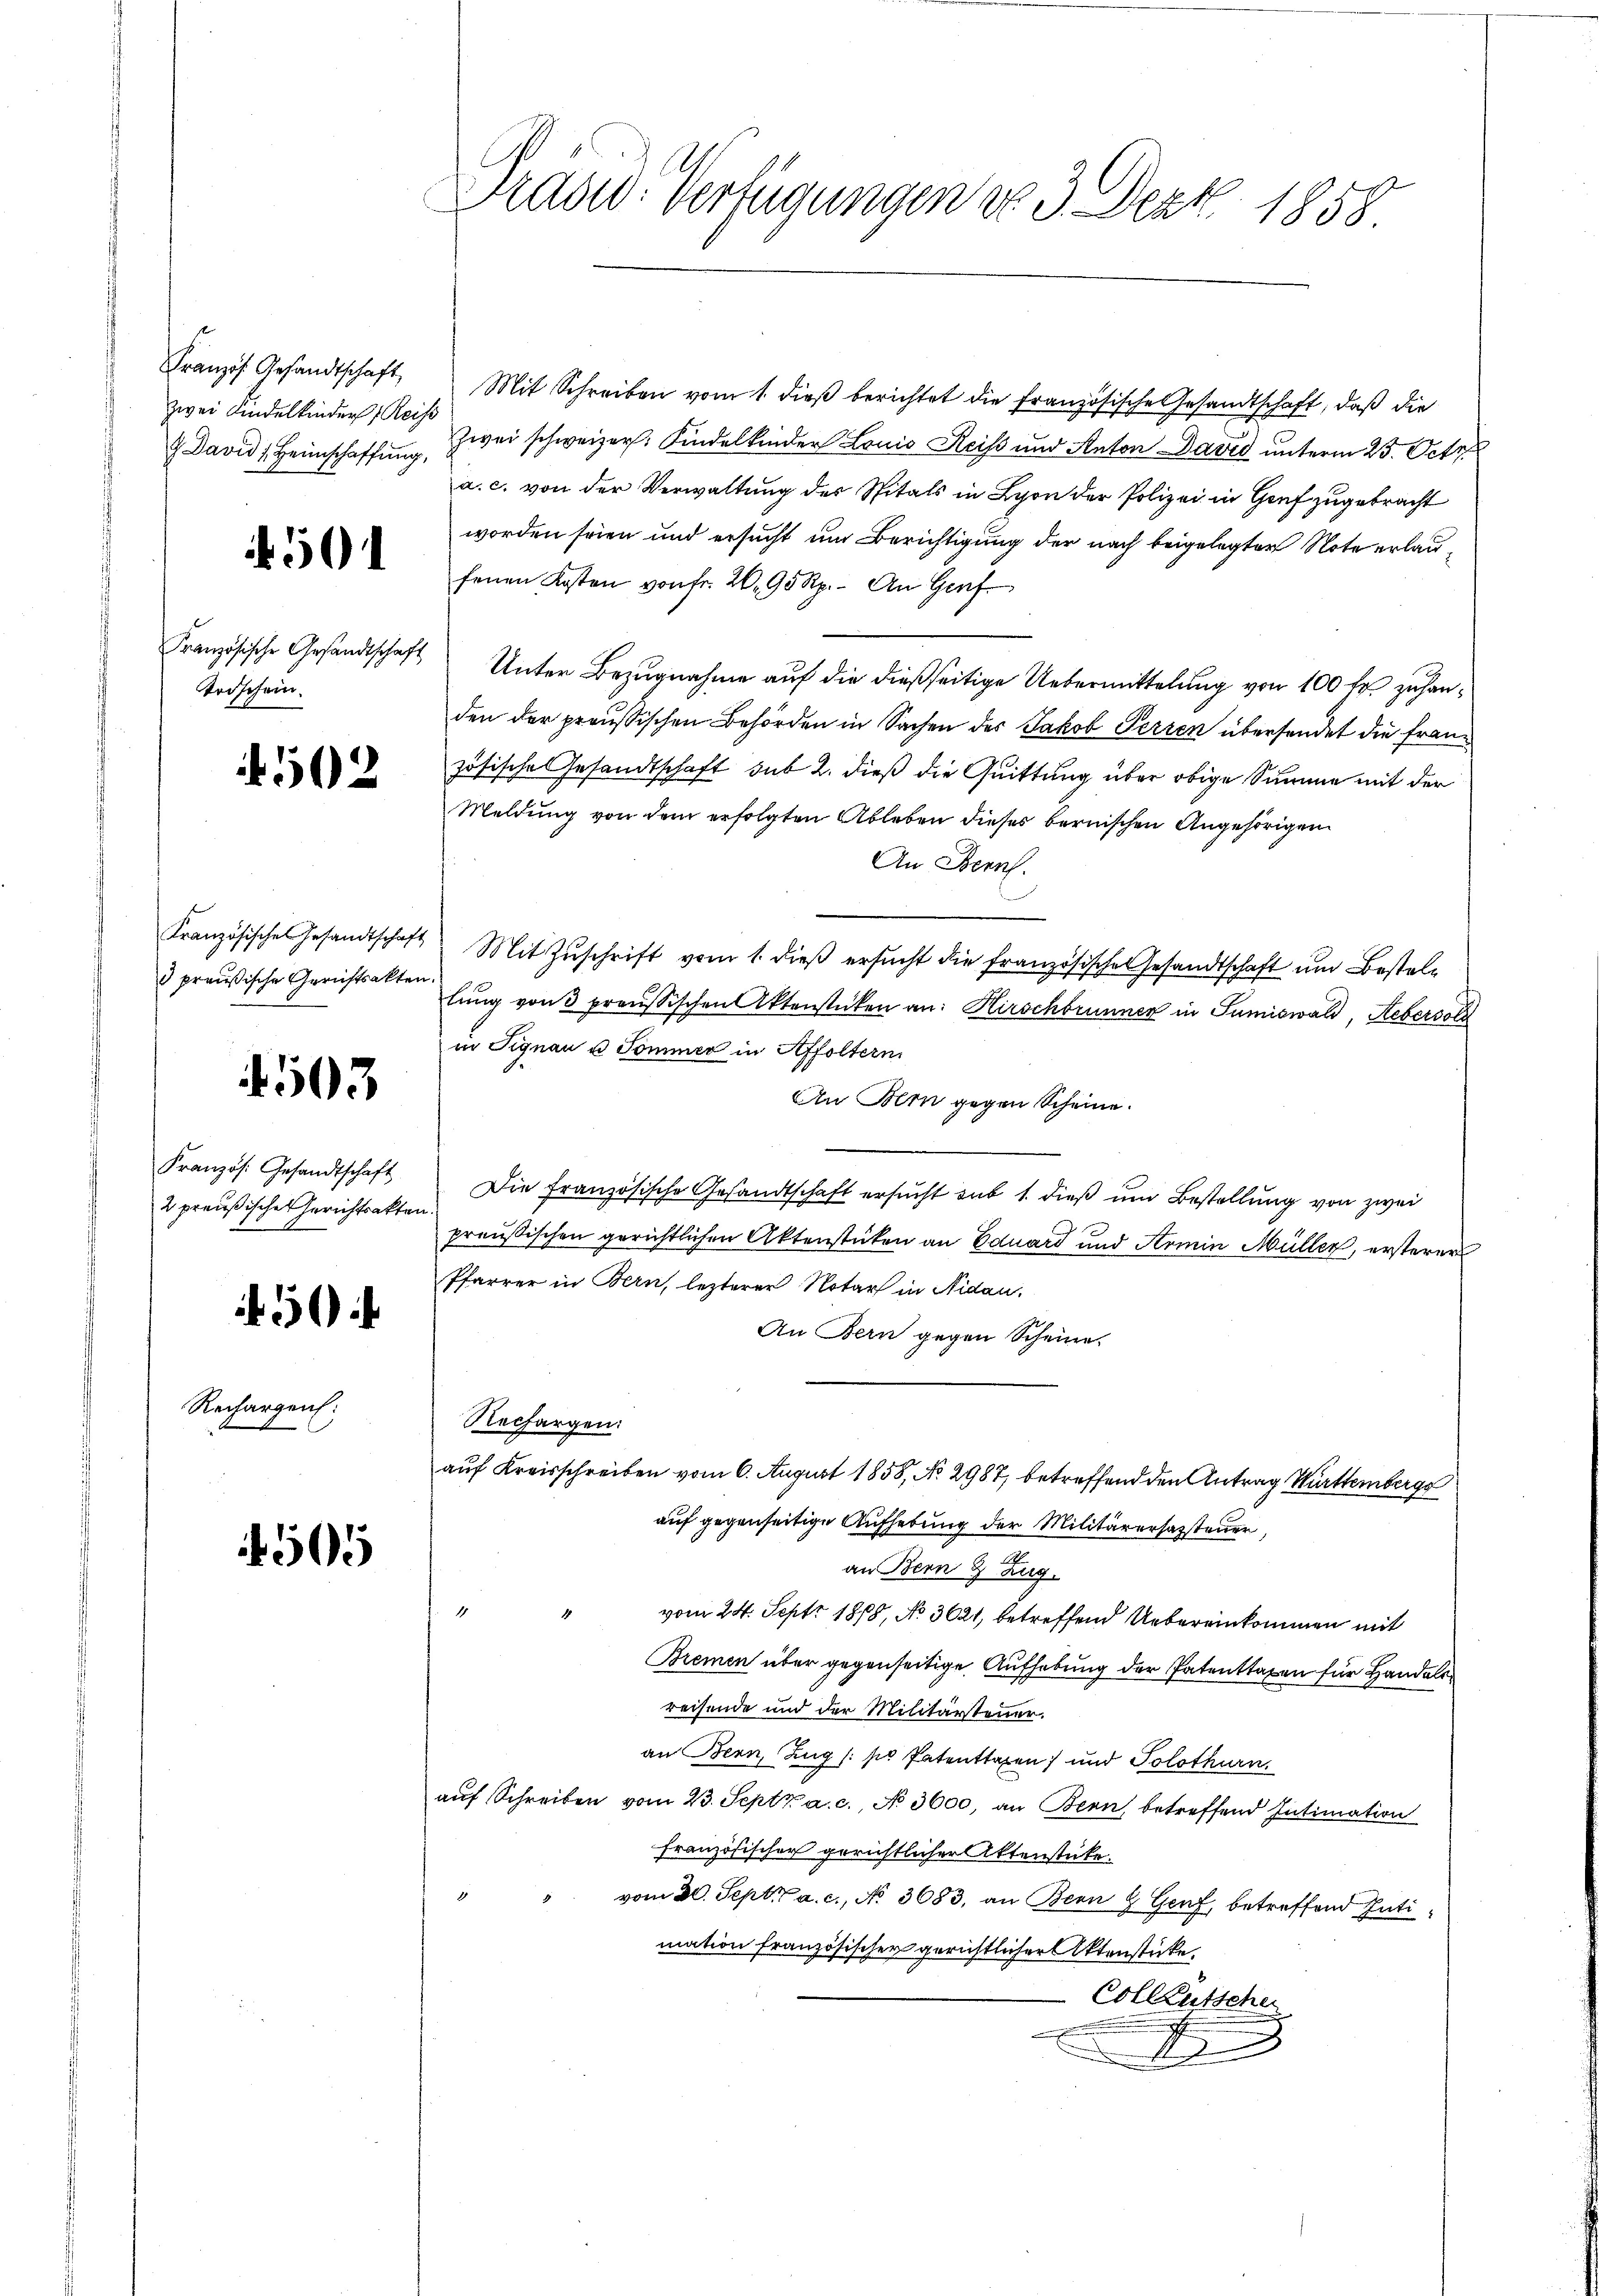
Französ. Gesandtschaft,
zwei Kindelkinder Reis

501

Französische Gesandtschaft
Todschein.

502

3 preußische Gerichtsakten.

4503

Französ. Gesandtschaft
2 preußische Gerichtsakten

5

Rechargen:

505

Prase Verfügungen do 3. Dez. 1858.

Mit Schreiben vom 1. dieß berichtet die Französische Gesandtschaft, daß die
 David Heimschaffŭng zwei schweizer. Kindelkinder Louis Reiss und Anton David unterm 23. Octo
a. c. von der Verwaltung des Spitals in Lyon der Polizei in Genf zugebracht
worden seien und ersucht und Berichtigung der nach beigelegter Note erlaufenen Kosten von fr. 26. 95 Rp. An Genf
2
Unter Bezugnahme auf die dießseitige Uebermittelung von 100 fr zu handen der preußischen Behörden in Sachen des Jakob Perren übersendet die Französische Gesandtschaft sub 2. dieß die Quittung über obige Summe mit der
Meldung von dem erfolgten Ableben dieses bernischen Angehörigen
An Bern.
Französisches Gesandtschaft. Mit Zŭschrift vom 1. dieβ ersŭcht die französische Gesandtschaft um Bestellŭng von 3 preussischen Aktenstücken an: Hirschbrunner in Sumiswald, Aeber soll
in Signau u. Sommer in Affoltern
An Dein gegen Scheine.
Die französische Gesandtschaft ersucht sub 1. dieß um Bestellung von zwei
s
preußischen gerichtlichen Aktenstücken an Eduard und Armin Müller, ersteren
Pfarrer in Bern, lezterer Notar in Nidau,
An Bern gegen Scheine
Rechargen:
auf Kreisschreiben vom 6. August 1858, No. 2987, betreffend den Antrag Württemberg
auf gegenseitige Aufhebung der Militärerhassteuer,
an Bern & Zug.
4
vom 24. Sept. 1878, No 3621, betreffend Uebereinkommen mit
Bremen über gegenseitige Aufhebung der Patenttaxen für Handelsreisende und der Militärsteuer.
an Bern, Zug (so Patenttaxen und Solothurn,
aŭf Schreiben vom 23. Septz a. c., No 3000, an Bern betreffend Intimation
französischer gerichtlicher Aktenstücke.
vom 30. Sept. a. c., No. 3683. an Bern & Genf, betreffend Intimation französischer gerichtlicher Aktenstücke,
Colletscher
d